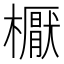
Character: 𣝓